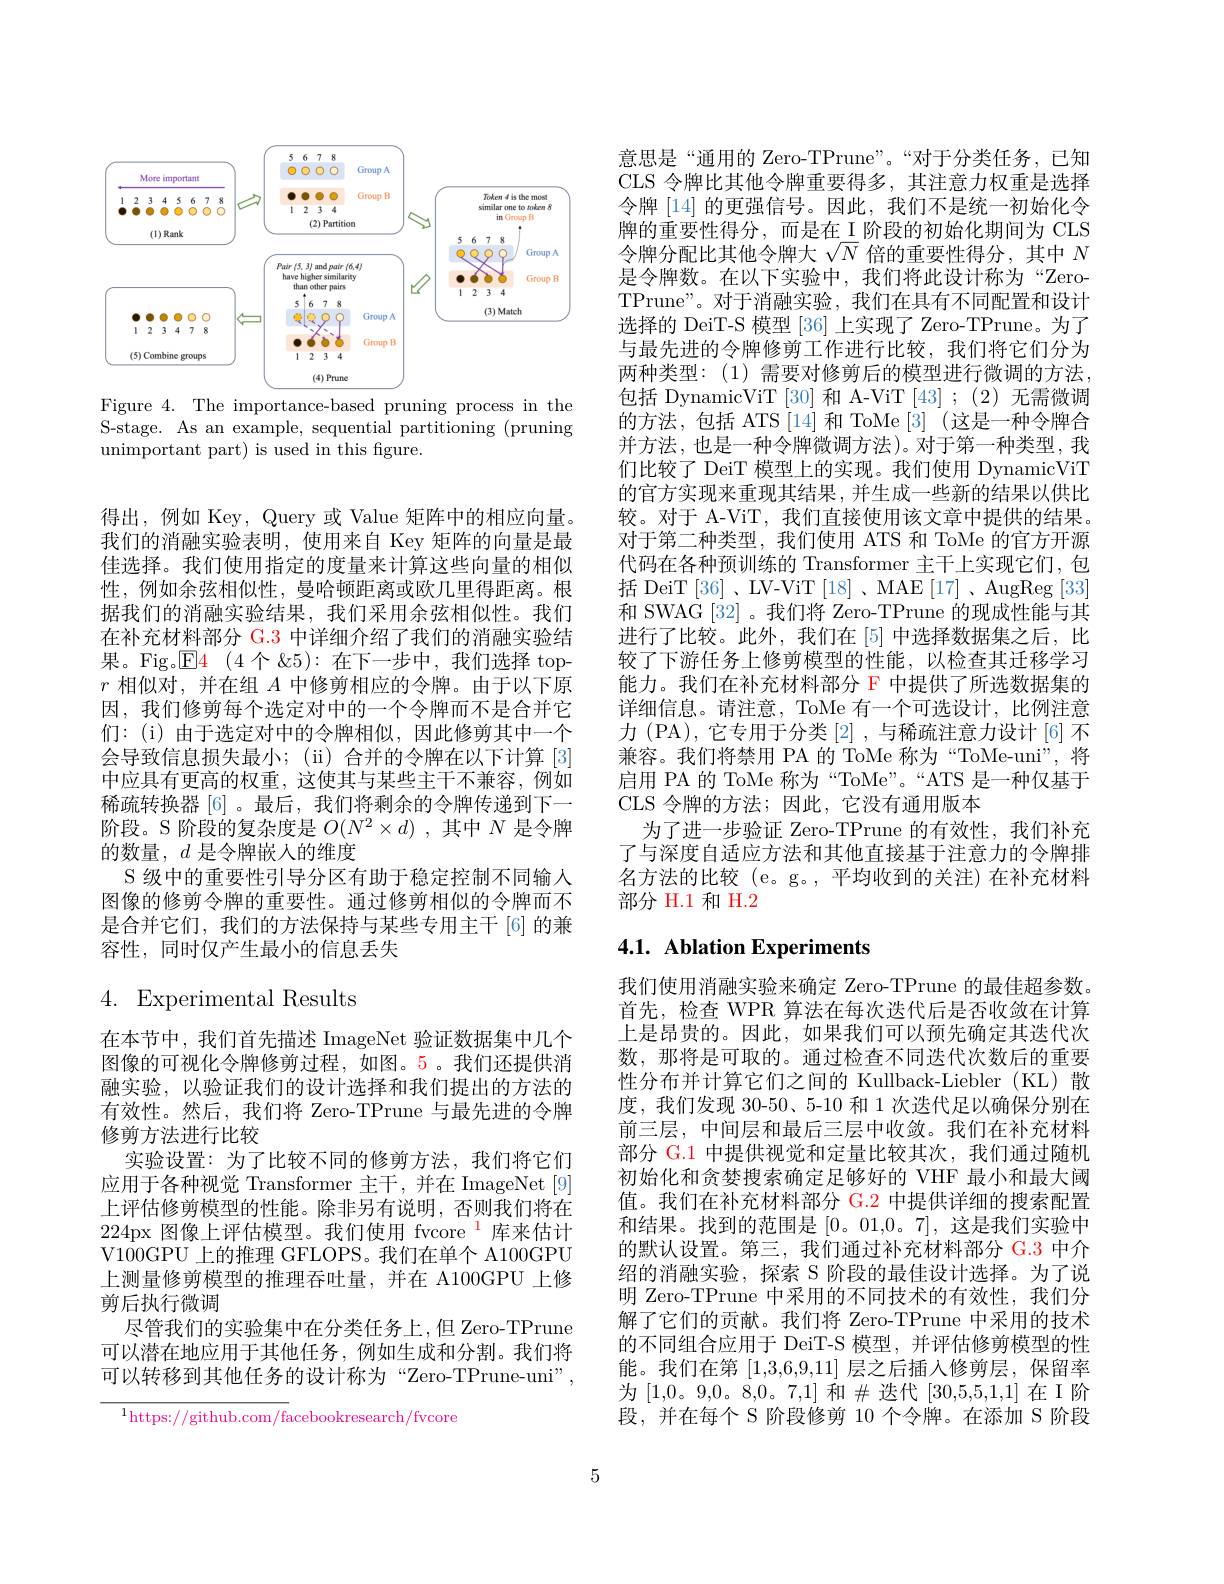
<FigureHere>

Figure 4. The importance-based pruning process in the S-stage. As an example, sequential partitioning (pruning unimportant part) is used in this figure.

得出，例如 Key, Query 或 Value 矩阵中的相应向量。我们的消融实验表明，使用来自 Key 矩阵的向量是最佳选择。我们使用指定的度量来计算这些向量的相似性，例如余弦相似性，曼哈顿距离或欧几里得距离。根据我们的消融实验结果，我们采用余弦相似性。我们在补充材料部分 G.3 中详细介绍了我们的消融实验结果。Fig。$\boxed{\mathrm{E} }4$ (4个 &5):在下一步中，我们选择 top- $r$相似对，并在组$A$中修剪相应的令牌。由于以下原因，我们修剪每个选定对中的一个令牌而不是合并它们：(i)由于选定对中的令牌相似，因此修剪其中一个会导致信息损失最小；( ii) 合并的令牌在以下计算 [3] 中应具有更高的权重，这使其与某些主干不兼容，例如稀疏转换器[6] 。最后，我们将剩余的令牌传递到下一阶段。S 阶段的复杂度是$O(N^2\times d)$ ,其中$N$是令牌的数量，$d$是令牌嵌人的维度
S 级中的重要性引导分区有助于稳定控制不同输入图像的修剪令牌的重要性。通过修剪相似的令牌而不是合并它们，我们的方法保持与某些专用主干[6]的兼容性，同时仅产生最小的信息丢失
4. Experimental Results
在本节中，我们首先描述 ImageNet 验证数据集中几个图像的可视化令牌修剪过程，如图。5。我们还提供消融实验，以验证我们的设计选择和我们提出的方法的有效性。然后，我们将 Zero-TPrune 与最先进的令牌修剪方法进行比较
实验设置：为了比较不同的修剪方法，我们将它们应用于各种视觉 Transformer 主干，并在 ImageNet[9] 上评估修剪模型的性能。除非另有说明，否则我们将在224px 图像上评估模型。我们使用 fvcore $^{1}$库来估计V100GPU 上的推理 GFLOPS。我们在单个 A100GPU 上测量修剪模型的推理吞吐量，并在 A100GPU 上修剪后执行微调
尽管我们的实验集中在分类任务上，但 Zero-TPrune 可以潜在地应用于其他任务，例如生成和分割。我们将可以转移到其他任务的设计称为“Zero-TPrune-uni”,

$^{1}$https://github.com/facebookresearch/fvcore

意思是“通用的 Zero-TPrune”。“对于分类任务，已知CLS 令牌比其他令牌重要得多，其注意力权重是选择令牌 [14] 的更强信号。因此，我们不是统一初始化令牌的重要性得分，而是在\_I 阶段的初始化期间为 CLS 令牌分配比其他令牌大$\sqrt N$倍的重要性得分，其中$N$ 是令牌数。在以下实验中，我们将此设计称为“ZeroTPrune"。对于消融实验，我们在具有不同配置和设计选择的 DeiT-S 模型 [36] 上实现了 Zero-TPrune。为了与最先进的令牌修剪工作进行比较，我们将它们分为两种类型：(1)需要对修剪后的模型进行微调的方法， 包括 DynamicViT [30] 和 A-ViT [43] ;(2) 无需微调的方法，包括 ATS[14] 和 ToMe[3] (这是一种令牌合并方法，也是一种令牌微调方法)。对于第一种类型，我们比较了 DeiT 模型上的实现。我们使用 DynamicViT 的官方实现来重现其结果，并生成一些新的结果以供比较。对于 A-ViT, 我们直接使用该文章中提供的结果。对于第二种类型，我们使用 ATS 和 ToMe 的官方开源代码在各种预训练的 Transformer 主干上实现它们，包括 DeiT [36]、LV-ViT [18]、MAE [17]、AugReg [33] 和 SWAG [32] 。我们将 Zero-TPrune 的现成性能与其进行了比较。此外，我们在[5]中选择数据集之后，比较了下游任务上修剪模型的性能，以检查其迁移学习能力。我们在补充材料部分 F 中提供了所选数据集的详细信息。请注意，ToMe 有一个可选设计，比例注意力 (PA), 它专用于分类[2] ,与稀疏注意力设计 [6]不兼容。我们将禁用 PA 的 ToMe 称为“ToMe-uni”, 将启用 PA 的 ToMe 称为“ToMe”。“ATS 是一种仅基于CLS 令牌的方法；因此，它没有通用版本
为了进一步验证 Zero-TPrune 的有效性，我们补充了与深度自适应方法和其他直接基于注意力的令牌排名方法的比较(e。g。,平均收到的关注)在补充材料部分 H.1 和 H.2

# 4.1. Ablation Experiments

我们使用消融实验来确定 Zero-TPrune 的最佳超参数。首先，检查 WPR 算法在每次迭代后是否收敛在计算上是昂贵的。因此，如果我们可以预先确定其迭代次数，那将是可取的。通过检查不同迭代次数后的重要性分布并计算它们之间的 Kullback-Liebler(KL)散度，我们发现 30-50、5-10 和 1 次迭代足以确保分别在前三层，中间层和最后三层中收敛。我们在补充材料部分 G.1 中提供视觉和定量比较其次，我们通过随机初始化和贪婪搜索确定足够好的 VHF 最小和最大阈值。我们在补充材料部分 G.2 中提供详细的搜索配置和结果。找到的范围是[0。01,0。7], 这是我们实验中的默认设置。第三，我们通过补充材料部分 G.3 中介绍的消融实验，探索 S 阶段的最佳设计选择。为了说明 Zero-TPrune 中采用的不同技术的有效性，我们分解了它们的贡献。我们将 Zero-TPrune 中采用的技术的不同组合应用于 DeiT-S 模型，并评估修剪模型的性能。我们在第[1,3,6,9,11]层之后插入修剪层，保留率为[1,0。9,0。8,0。7,1] 和$\#$ 迭代 [30,5,5,1,1] 在 I 阶段，并在每个 S 阶段修剪 10 个令牌。在添加 S 阶段

5